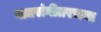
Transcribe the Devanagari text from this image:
वाद्यसंगीतरचना